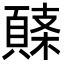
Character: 𩓸